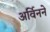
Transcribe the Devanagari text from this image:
अर्विनने